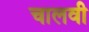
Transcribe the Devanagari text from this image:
चालवी